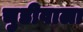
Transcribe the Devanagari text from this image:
चुडीवाला